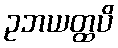
ဥဘယတ္ထပိ